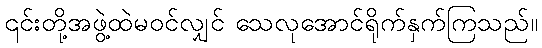
၎င်းတို့အဖွဲ့ထဲမဝင်လျှင် သေလုအောင်ရိုက်နှက်ကြသည်။